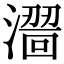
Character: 𣿠